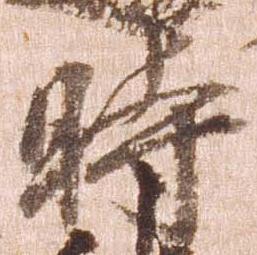
時